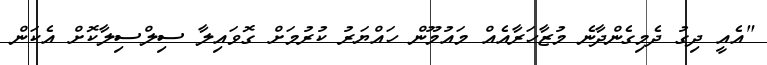
"އެއީ ދިގު ދެމިގެންދާނެ މުޒާހަރާއެއް މައުމޫން ހައްޔަރު ކުރުމަށް ގޮވައިލާ ސިލްސިލާކޮށް އެކަން